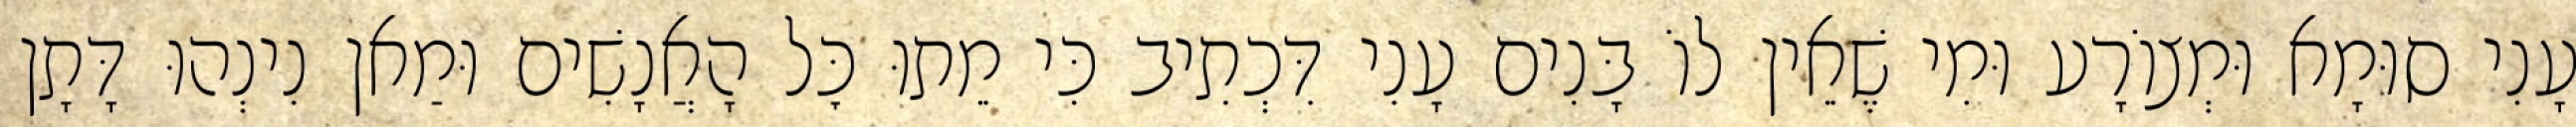
עָנִי סוּמָא וּמְצוֹרָע וּמִי שֶׁאֵין לוֹ בָּנִים עָנִי דִּכְתִיב כִּי מֵתוּ כׇּל הָאֲנָשִׁים וּמַאן נִינְהוּ דָּתָן